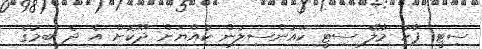
ސިޓީ ޕާކު މާލޭ ސިޓީ ކައުންސިލުން ކުއްޔަށް ދޫކޮށް އެ ދެ ބިމުގެ